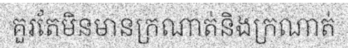
គួរតែមិនមានក្រណាត់និងក្រណាត់